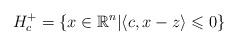
LaTeX: \begin{align*}H_c^+=\left\{x\in\mathbb{R}^n \middle| \left\langle c,x-z\right\rangle \leqslant 0 \right\}\end{align*}